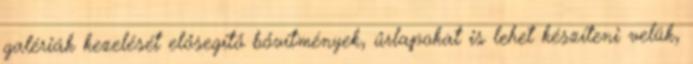
galériák kezelését elősegítő bővítmények, űrlapokat is lehet készíteni velük,